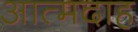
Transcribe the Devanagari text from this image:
आत्‍मदाह